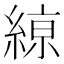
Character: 𦂠